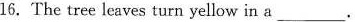
16. The tree leaves turn yellow in a ___.